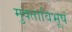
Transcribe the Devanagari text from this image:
मुक्ताविभूषं